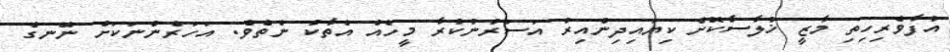
އުފާވެރިހިތި މާޒީ ޚުލާސާކޮށް ކިޔައިދިންއިރު އަސަރުނުކުރާ މީހެއް އެތާކު ނެތެވެ. އަހަރެންނަކަށް ނޭނގެ